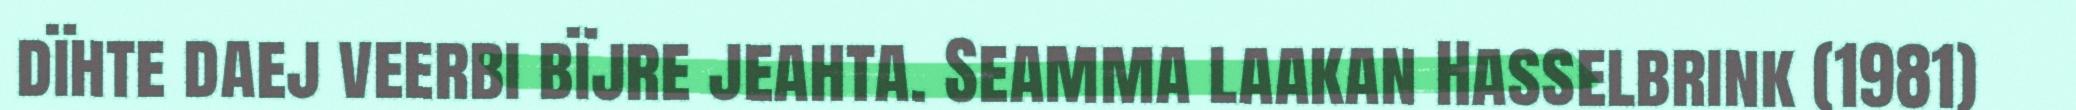
dïhte daej veerbi bïjre jeahta. Seamma laakan Hasselbrink (1981)